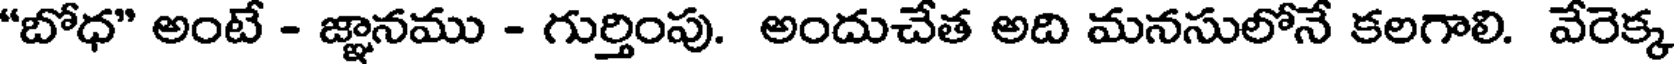
"బోధ" అంటే - జ్ఞానము - గుర్తింపు. అందుచేత అది మనసులోనే కలగాలి. వేరెక్క